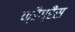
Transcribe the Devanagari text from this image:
फ्रैग्रैंस